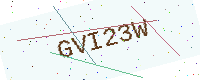
Text: GVI23W